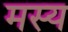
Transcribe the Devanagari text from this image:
मस्य